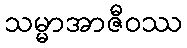
သမ္မာအာဇီဝဿ